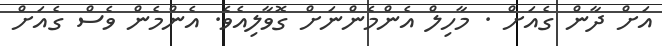
އަށް ދާން ގެއަށް . މާހިލް އެންމެންނަށް ގޮވާލިއެވެ. އެންމެން ވެސް ގެއަށް